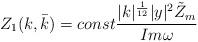
LaTeX: \begin{align*}Z_1(k,\bar k)=const\frac{|k|^{\frac{1}{12}}|y|^2\tilde{Z}_m}{Im\omega}\end{align*}